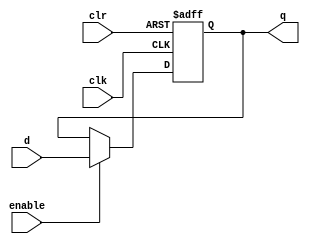
// Register with posedge async clear and rising clock-edge response, pos-edge enable
module reg_32_bit #(parameter INIT_VAL = 32'h00000000)(
    output reg [31:0] q,
    input wire [31:0] d,
    input wire clk,
    input wire clr,
    input wire enable
    );


initial 
begin
    q = INIT_VAL;
end

always @(posedge clk or posedge clr)
begin

    if (clr == 1)
        q <= 0;
    else if (enable == 1)
        q <= d;
end

endmodule